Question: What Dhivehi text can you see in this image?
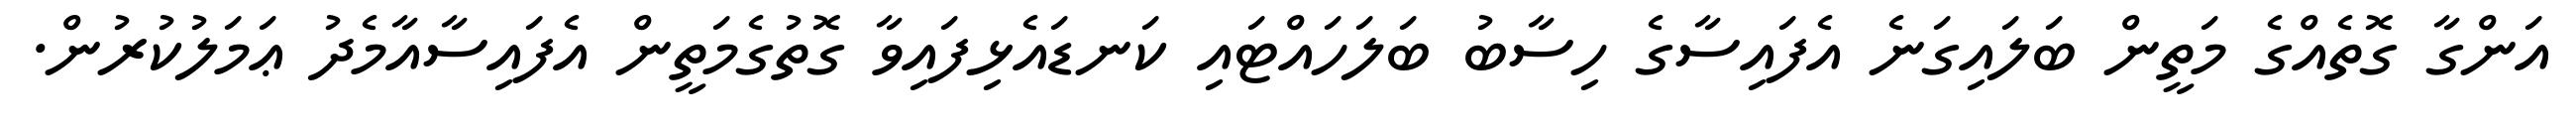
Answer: އަންގާ ގޮތެއްގެ މަތީން ބަލައިގަނެ އެފައިސާގެ ހިސާބު ބަލަހައްޓައި ކަނޑައެޅިފައިވާ ގޮތުގެމަތީން އެފައިސާއާމެދު ޢަމަލުކުރުން.